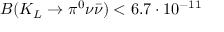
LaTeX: B ( K _ { L } \to \pi ^ { 0 } \nu \bar { \nu } ) < 6 . 7 \cdot 1 0 ^ { - 1 1 }